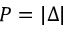
P = | \Delta |